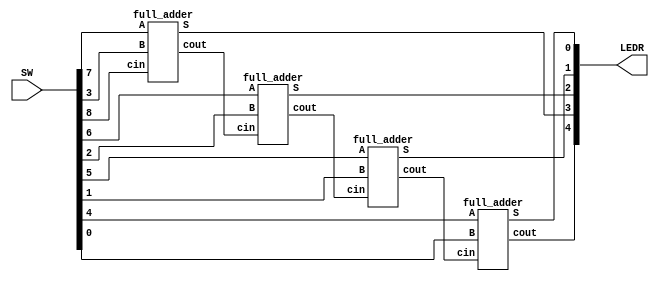
module rippleCarrierAdder(LEDR, SW);

	input [9:0]SW;
	output [9:0] LEDR;
	
	wire carry1;
	wire carry2;
	wire carry3;
	
	full_adder f1(.S(LEDR[3]), .cout(carry1), .A(SW[7]), .B(SW[3]), .cin(SW[8]));
	full_adder f2(.S(LEDR[2]), .cout(carry2), .A(SW[6]), .B(SW[2]), .cin(carry1));
	full_adder f3(.S(LEDR[1]), .cout(carry3), .A(SW[5]), .B(SW[1]), .cin(carry2));
	full_adder f4(.S(LEDR[0]), .cout(LEDR[4]), .A(SW[4]), .B(SW[0]), .cin(carry3));

endmodule

module full_adder(S,cout,A,B,cin);
	output S, cout;
	input A, B, cin;
	assign S = A^B^cin;
	assign cout = (A&B)|(cin&(A^B));
endmodule